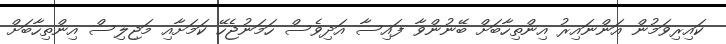
ކައިރިވަމުން އަންނައިރު އިންތިހާބަށް ބޭނުންވާ ފައިސާ އަދިވެސް ހަމަނުޖެހޭ ކަމަށާއި މަޖިލިސް އިންތިހާބަށް